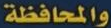
والمحافظة